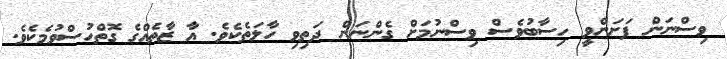
ވިސްނަން ފަށަންވީ ހިސާބުވެސް ވިސްނުމަށް ގެންނަން ދަތިވި ހާލަތެކެވެ. އާ ޒާތެއްގެ ގޮތްހުސްވުމެކެވެ.